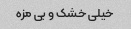
خیلی خشک و بی مزه